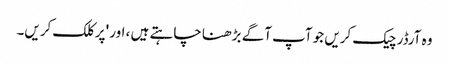
وہ آرڈر چیک کریں جو آپ آگے بڑھنا چاہتے ہیں ، اور 'پر کلک کریں۔